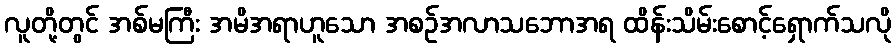
လူတို့တွင် အစ်မကြီး အမိအရာဟူသော အစဉ်အလာသဘောအရ ထိန်းသိမ်းစောင့်ရှောက်သလို